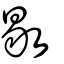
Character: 敡